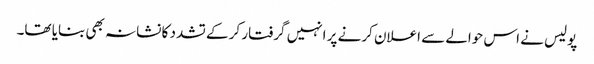
پولیس نے اس حوالے سے اعلان کرنے پر انہیں گرفتار کر کے تشدد کا نشانہ بھی بنایا تھا۔